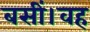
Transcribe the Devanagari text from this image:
बसीं।वह